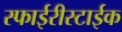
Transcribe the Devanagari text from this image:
स्फाईरीस्टाईक